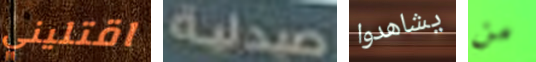
اقتليني صيدلية يشاهدوا من